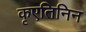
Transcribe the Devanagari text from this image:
कृएतिनिन